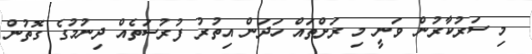
މި ސަރުކާރުން ވަނީ މި ރަށްތައް ހަދަން އިތުރު ފުރުސަތެއް ދިނުމުގެ ގޮތުން